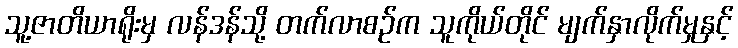
သူ့ဇာတိယာရိုးမှ လန်ဒန်သို့ တက်လာစဉ်က သူကိုယ်တိုင် မျက်နှာလိုက်မှုနှင့်